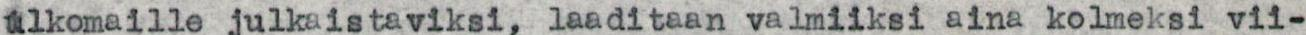
ulkomaille julkaistaviksi, laaditaan valmiiksi aina kolmeksi vii-